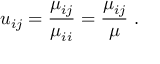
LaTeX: u _ { i j } = \frac { \mu _ { i j } } { \mu _ { i i } } = \frac { \mu _ { i j } } { \mu } \ .